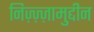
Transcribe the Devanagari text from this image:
निज़्ज़्ज़ामुद्दीन